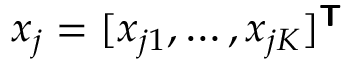
\boldsymbol { x } _ { j } = [ x _ { j 1 } , \ldots , x _ { j K } ] ^ { \boldsymbol { \mathsf { T } } }